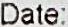
DATE: